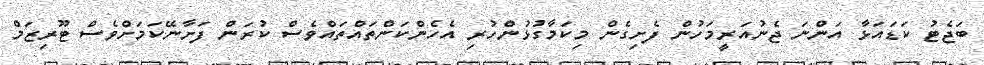
ބަޖެޓު ކަޑައަޅާ އަންނަ ޖެނުއަރީމަހުން ފެށިގެން މިކަމާގުޅުންހުރި އެހެންކަންތައްތައްވެސް ކުރަން ފަށާނޭކަމަށްވެސް ޓޫރިޒަމް